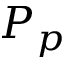
P _ { p }